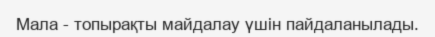
Мала - топырақты майдалау үшін пайдаланылады.